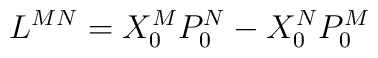
L^{MN}=X_0^MP_0^N-X_0^NP_0^M